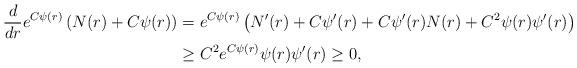
LaTeX: \begin{align*}\frac{d}{dr} e^{C\psi(r)}\left(N(r) + C \psi(r)\right) & = e^{C\psi(r)}\left(N'(r) + C \psi'(r) + C \psi'(r) N(r) + C^2 \psi(r) \psi'(r)\right)\\& \ge C^2 e^{C\psi(r)} \psi(r) \psi'(r) \ge 0,\end{align*}